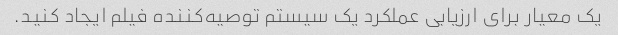
یک معیار برای ارزیابی عملکرد یک سیستم توصیه‌کننده فیلم ایجاد کنید.